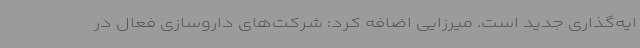
ایه‌گذاری جدید است. میرزایی اضافه کرد: شرکت‌های داروسازی فعال در